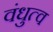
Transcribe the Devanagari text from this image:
वंधुत्व